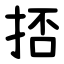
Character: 㧵